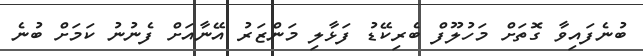
ބުނެފައިވާ ގޮތަށް މަހުލޫފް ބެރިކޭޑު ފަޅާލި މަންޒަރު އޭނާއަށް ފެނުނު ކަމަށް ބުނެ